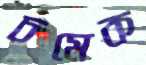
চমেক